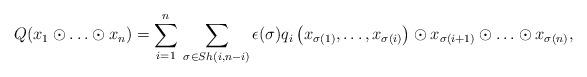
LaTeX: \begin{align*} Q(x_1\odot \ldots \odot x_n)=\sum_{i=1}^n \, \sum_{\sigma \in Sh(i,n-i)}\epsilon(\sigma)q_i\left(x_{\sigma(1)}, \ldots, x_{\sigma(i)}\right)\odot x_{\sigma(i+1)}\odot \ldots \odot x_{\sigma(n)},\end{align*}